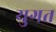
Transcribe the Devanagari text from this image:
युगत